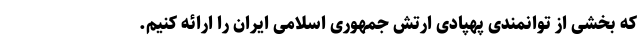
که بخشی از توانمندی پهپادی ارتش جمهوری اسلامی ایران را ارائه کنیم.